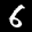
Label: 6